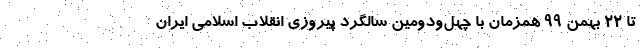
تا ۲۲ بهمن ۹۹ همزمان با چهل‌ودومین سالگرد پیروزی انقلاب اسلامی ایران